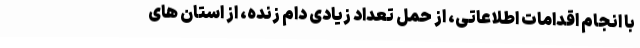
با انجام اقدامات اطلاعاتی، از حمل تعداد زیادی دام زنده، از استان های